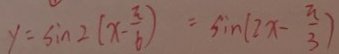
y = \sin 2 ( x - \frac { \pi } { 6 } ) = \sin ( 2 x - \frac { \pi } { 3 } )